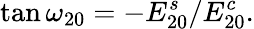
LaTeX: \tan\omega_{20}=-E_{20}^{s}/E_{20}^{c}.